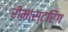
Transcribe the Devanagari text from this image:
रीमास्टरिंग